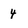
Character: 4